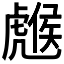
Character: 𧇹